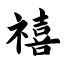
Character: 禧